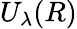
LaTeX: U_{\lambda}(R)